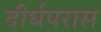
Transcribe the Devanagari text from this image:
दीर्घपरास